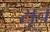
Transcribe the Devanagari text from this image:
सूच